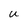
Character: U